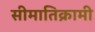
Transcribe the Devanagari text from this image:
सीमातिक्रामी